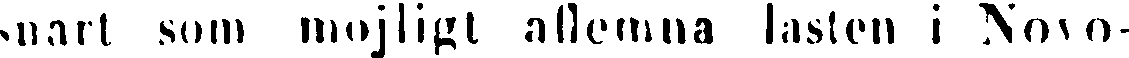
snart som möjligt aflemna lasten i Novo-